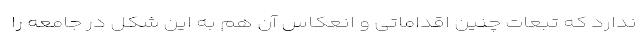
ندارد که تبعات چنین اقداماتی و انعکاس آن هم به این شکل در جامعه را